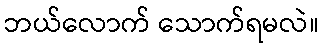
ဘယ်လောက် သောက်ရမလဲ။